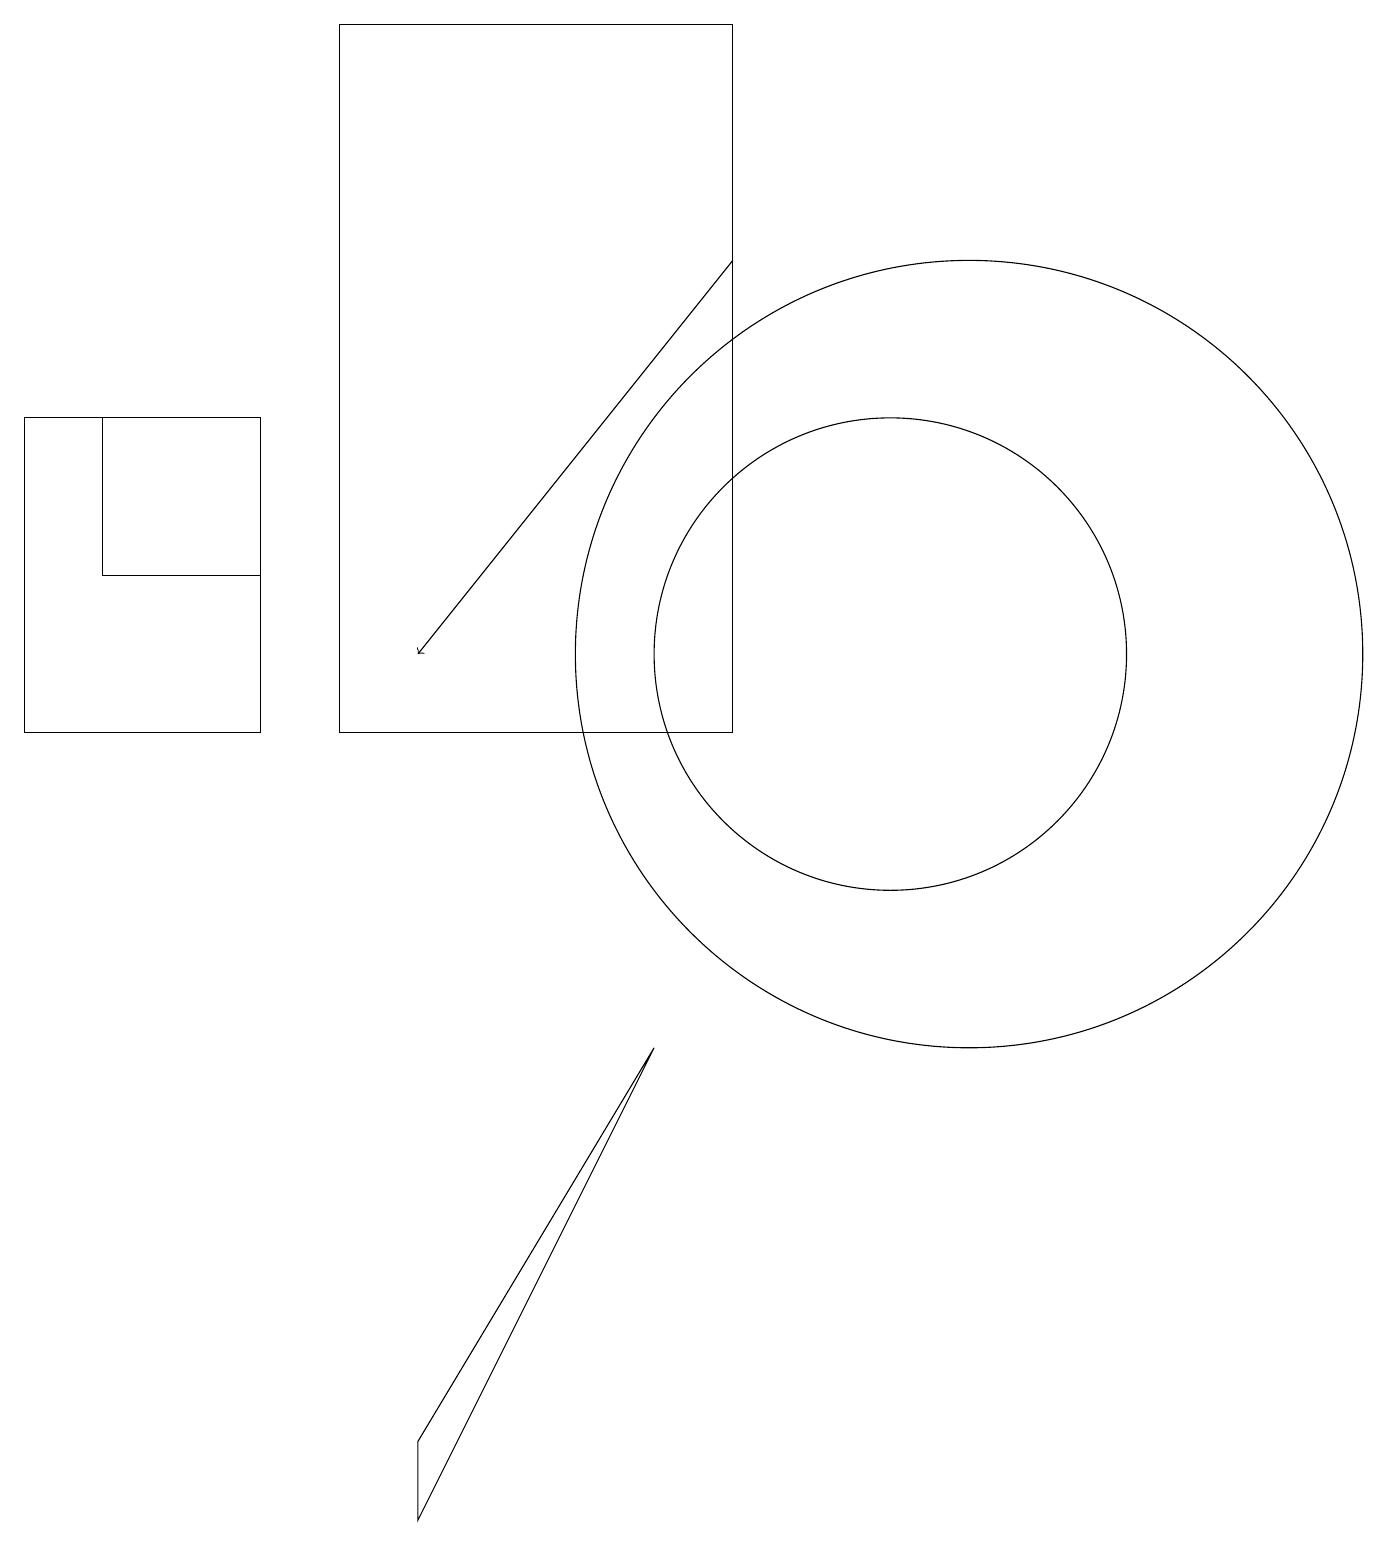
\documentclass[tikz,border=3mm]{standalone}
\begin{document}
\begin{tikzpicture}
\draw (5,0) -- (5,1) -- (8,6) -- cycle;
\draw (0,10) rectangle (3,14);
\draw (12,11) circle (5);
\draw (11,11) circle (3);
\draw[->] (9,16) -- (5,11);
\draw (12,11) circle (0);
\draw (1,12) rectangle (3,14);
\draw (9,10) rectangle (4,19);
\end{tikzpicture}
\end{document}